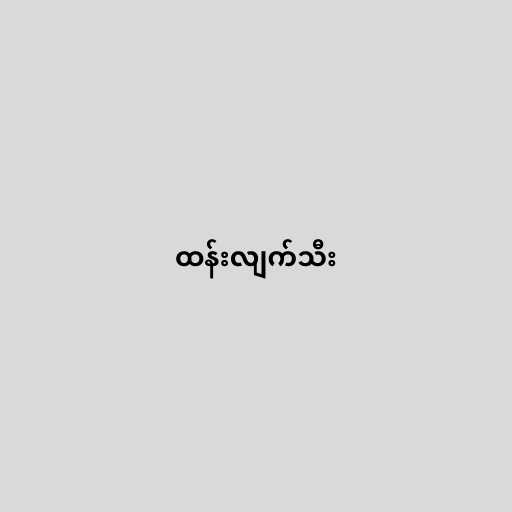
ထန်းလျက်သီး